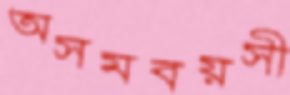
অসমবয়সী